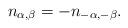
LaTeX: \begin{align*}n_{\alpha, \beta} = - n_{-\alpha, -\beta}. \end{align*}